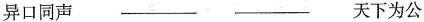
异口同声 ___ ___ 天下为公